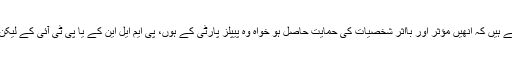
انھوں نے کہا کہ ’انفرادی سطح پر ہر حلقے کے اندر لوگ کوشش کرتے ہیں کہ انھیں مؤثر اور بااثر شخصیات کی حمایت حاصل ہو خواہ وہ پیپلز پارٹی کے ہوں، پی ایم ایل این کے یا پی ٹی آئی کے لیکن گزشتہ الیکشن میں ہم نے جماعتی سطح پر کوئی ایسا اتحاد نہیں دیکھا۔